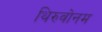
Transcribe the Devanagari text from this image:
थिरुवोनम